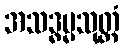
အသဒ္ဓမ္မသုတ္တံ